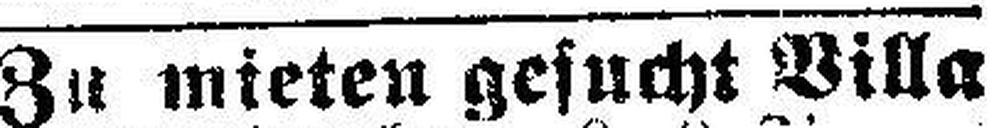
Zu mieten gesucht Villa